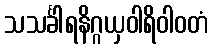
သသင်္ခါရနိဂ္ဂယှဝါရိဝါဝတံ